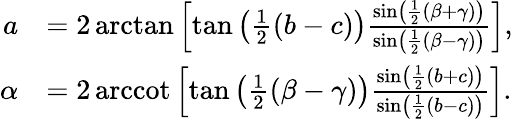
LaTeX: {\begin{array}{rl}{a}&{=2\arctan\left[\tan\left({\frac{1}{2}}(b-c)\right){\frac{\sin\left({\frac{1}{2}}(\beta+\gamma)\right)}{\sin\left({\frac{1}{2}}(\beta-\gamma)\right)}}\right],}\\ {\alpha}&{=2\operatorname{arccot}\left[\tan\left({\frac{1}{2}}(\beta-\gamma)\right){\frac{\sin\left({\frac{1}{2}}(b+c)\right)}{\sin\left({\frac{1}{2}}(b-c)\right)}}\right].}\end{array}}